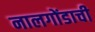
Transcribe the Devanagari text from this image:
नालगोंडाची